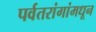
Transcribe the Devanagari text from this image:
पर्वतरांगांमधून